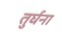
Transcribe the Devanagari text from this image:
तुर्घना